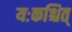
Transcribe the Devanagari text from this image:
यःकश्चित्